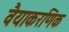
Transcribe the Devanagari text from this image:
वैयाकरणिक